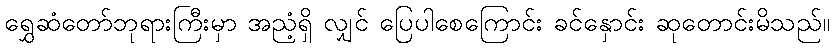
ရွှေဆံတော်ဘုရားကြီးမှာ အညံ့ရှိ လျှင် ပြေပါစေကြောင်း ခင်နှောင်း ဆုတောင်းမိသည်။